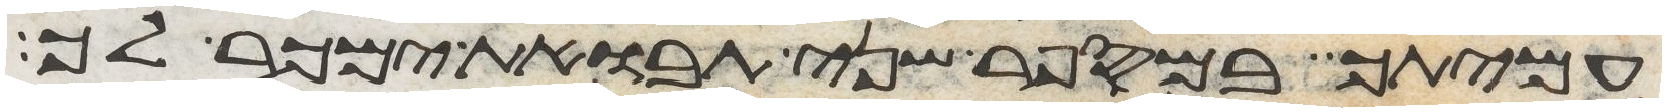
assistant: עמיתך במספר שני תבואת ימכר לך